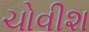
ચોવીશ